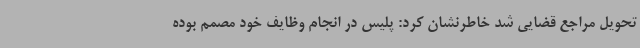
تحویل مراجع قضایی شد خاطرنشان کرد: پلیس در انجام وظایف خود مصمم بوده